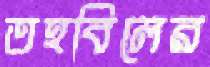
তহবিলের